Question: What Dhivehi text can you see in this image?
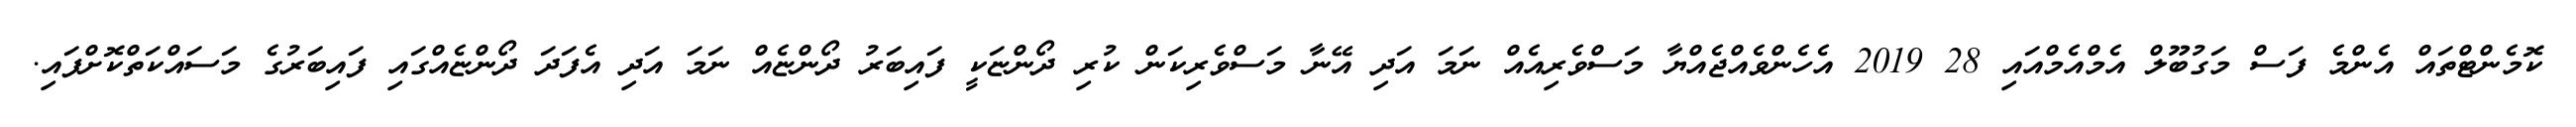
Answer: ކޮމެންޓްތައް އެންމެ ފަސް މަގުބޫލް އެމްއެމްއައި 28 2019 އެހެންވެއްޖެއްޔާ މަސްވެރިއެއް ނަމަ އަދި އޭނާ މަސްވެރިކަން ކުރި ދޯންޏަކީ ފައިބަރު ދޯންޏެއް ނަމަ އަދި އެފަދަ ދޯންޏެއްގައި ފައިބަރުގެ މަސައްކަތްކޮށްފައި.